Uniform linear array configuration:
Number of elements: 4
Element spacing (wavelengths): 0.5
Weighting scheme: cosine
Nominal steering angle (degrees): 30
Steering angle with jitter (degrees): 31.312
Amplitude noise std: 0.05
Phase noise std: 0.05

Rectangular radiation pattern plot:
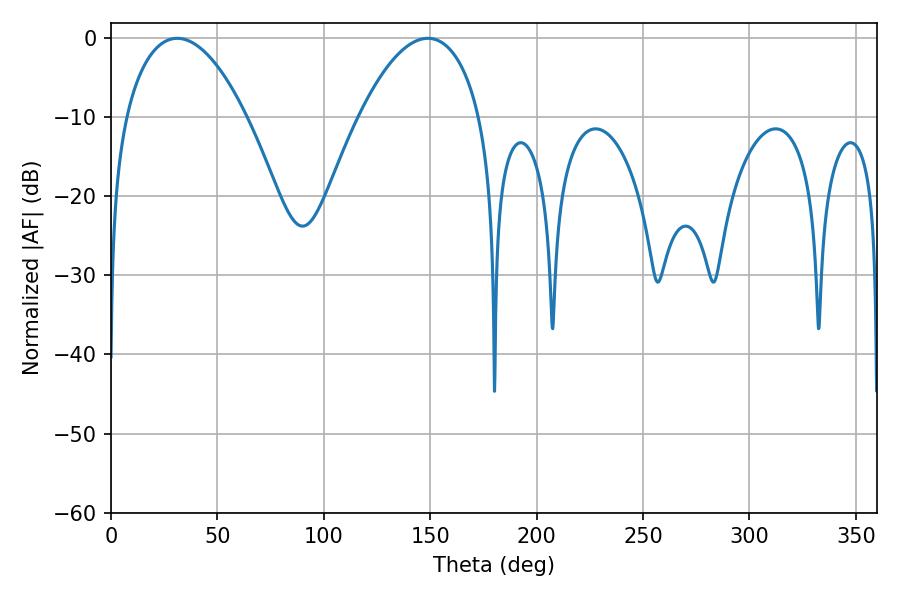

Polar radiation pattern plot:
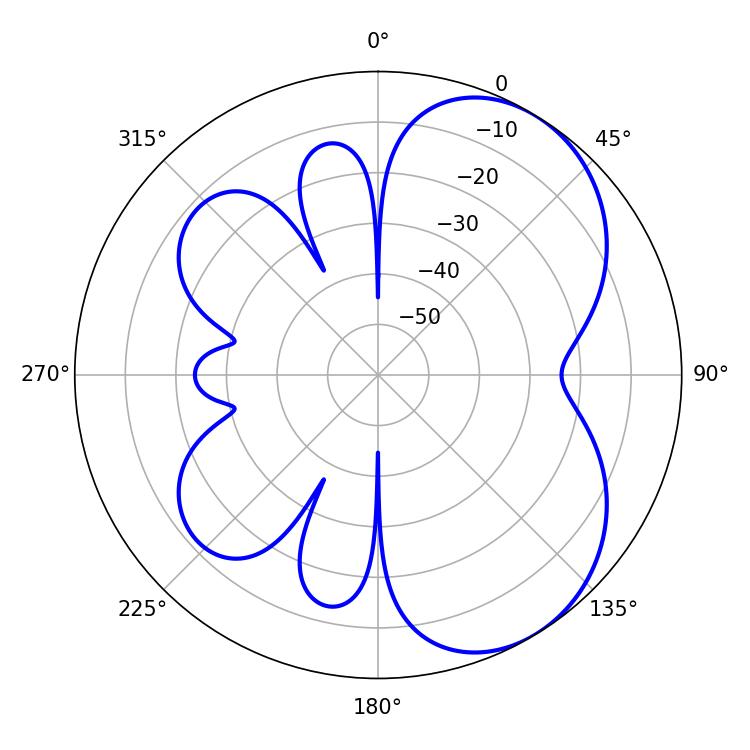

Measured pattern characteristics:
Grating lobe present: FALSE
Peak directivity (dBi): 5.313
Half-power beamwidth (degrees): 31.86
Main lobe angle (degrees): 31.14